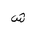
Letter: _shin